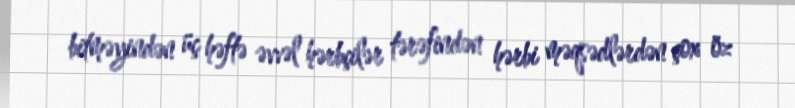
bitməyindən üç həftə əvvəl hərbçilər tərəfindən hərbi məqsədlərdən çox öz